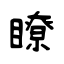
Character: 瞭